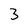
Character: 3